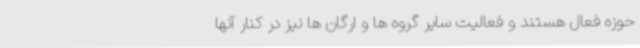
حوزه فعال هستند و فعالیت سایر گروه ها و ارگان ها نیز در کنار آنها